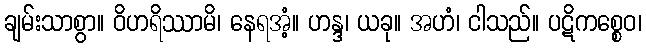
ချမ်းသာစွာ။ ဝိဟရိဿာမိ၊ နေရအံ့။ ဟန္ဒ၊ ယခု။ အဟံ၊ ငါသည်။ ပဋိကစ္စေဝ၊